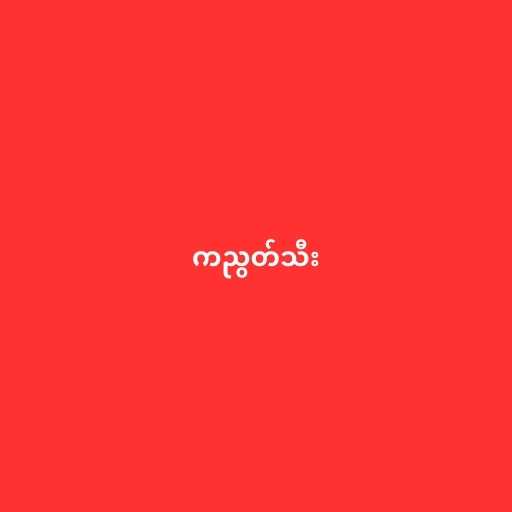
ကညွတ်သီး